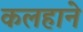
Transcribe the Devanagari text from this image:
कलहाने